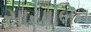
સાયાબિન